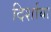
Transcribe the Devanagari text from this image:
दिर्शाया